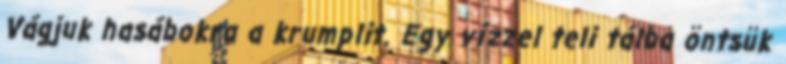
Vágjuk hasábokra a krumplit. Egy vízzel teli tálba öntsük